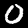
Digit: 0